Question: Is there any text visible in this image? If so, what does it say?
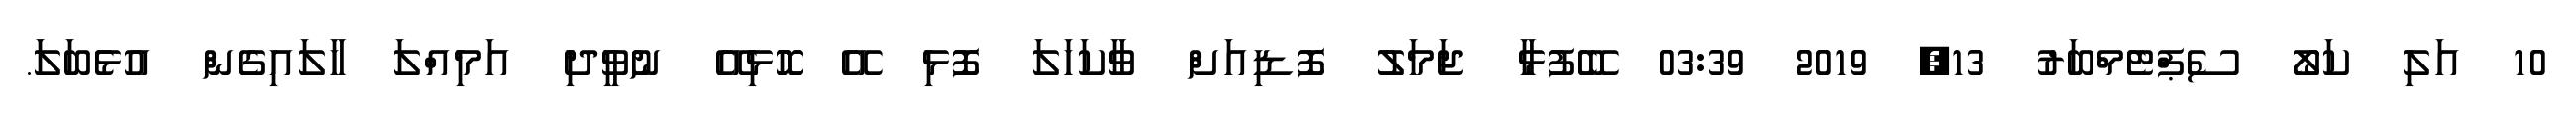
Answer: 10 އަލި ކަލޯ ސެޕްޓެމްބަރު 13, 2019 03:39 ބޭފުޅާ ޖަމަލު ފޮޑިއަށް ވާކަހަލަ ފޮޅި އޭ ހޮޮޅިއޭ ނުވީދި އަމިއްލަ ހާލައިގެން އުޅެބަލަ.